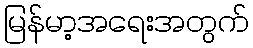
မြန်မာ့အရေးအတွက်